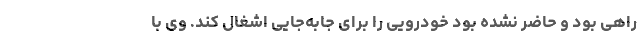
راهی بود و حاضر نشده بود خودرویی را برای جابه‌جایی اشغال کند. وی با